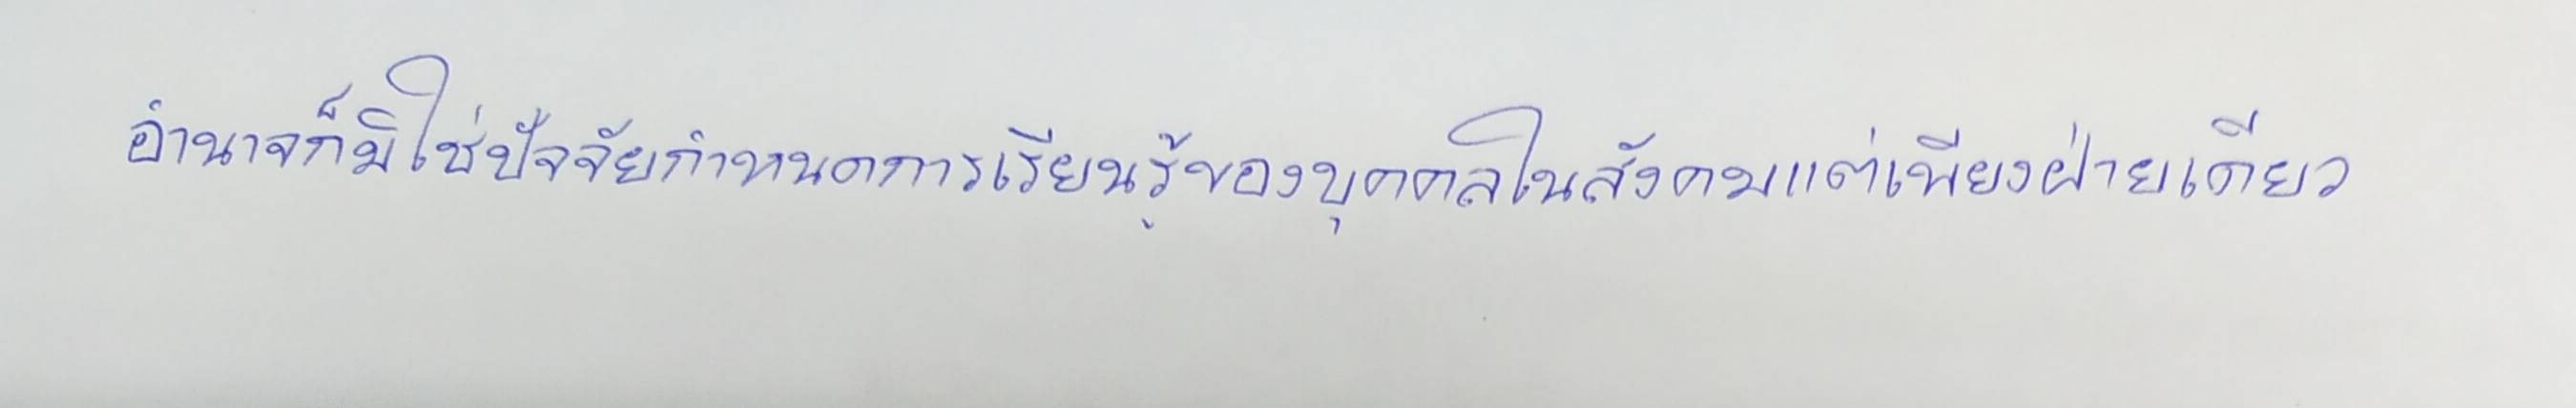
อำนาจก็มิใช่ปัจจัยกำหนดการเรียนรู้ของบุคคลในสังคมแต่เพียงฝ่ายเดียว